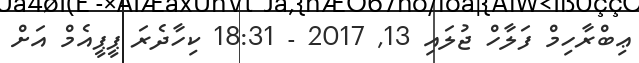
ޢިބްރާހިމް ފަލާހް ޖުލައި 13